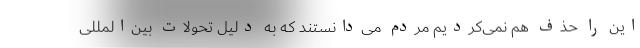
این را حذف هم نمی‌کردیم مردم می‌دانستند که به دلیل تحولات بین‌المللی